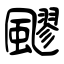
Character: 飂